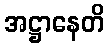
အဋ္ဌာနေတိ